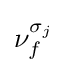
\nu _{f}^{\sigma _{j}}\,\!